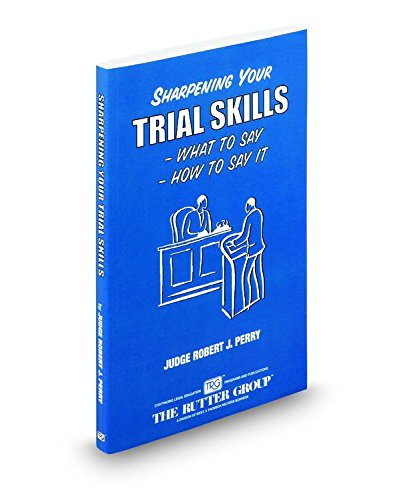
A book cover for Sharpening Your Trial Skills: What To Say, How To Say It; Robert J. Perry; Law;